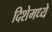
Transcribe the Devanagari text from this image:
दिशेमध्ये